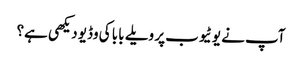
آپ نے یوٹیوب پر ویلے بابا کی وڈیو دیکھی ہے؟